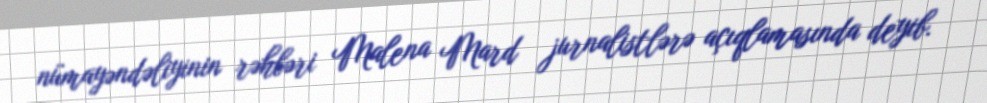
nümayəndəliyinin rəhbəri Malena Mard jurnalistlərə açıqlamasında deyib.